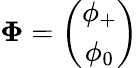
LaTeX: {\mathbf\Phi}=\left(\begin{array}{c}{{\phi_{+}}}\\ {{\phi_{0}}}\end{array}\right)